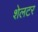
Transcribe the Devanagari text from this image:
शेलटर